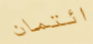
ائتمان